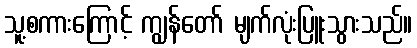
သူ့စကားကြောင့် ကျွန်တော် မျက်လုံးပြူးသွားသည်။